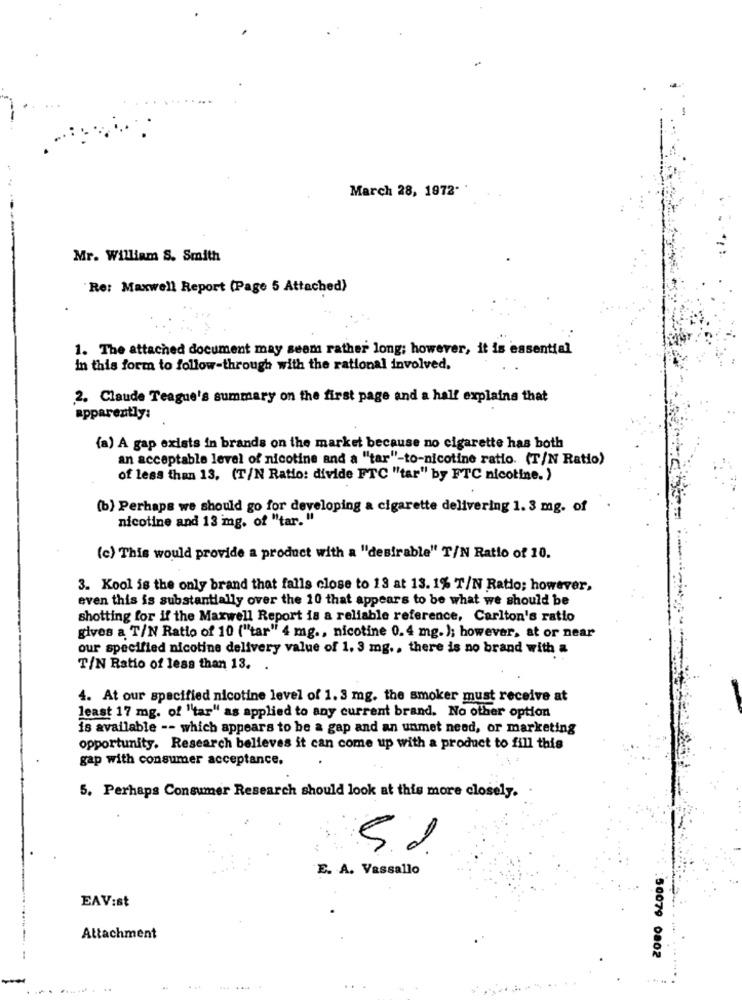
March 28, 1972.
Mr. William S. Smith
Re: Maxwell Report (Page 5 Attached)
1. The attached document may seem rather long; however, it is essential
In this form to follow-through with the rational involved.
2. Claude Teague's summary on the first page and a half explains that
apparently:
(a) A gap exists in brands on the market because no cigarette has both
an acceptable level of nicotine and a "tar"-to-nicotine ratio. (T/N Ratio)
of less than 13, (T/N Ratio: divide FTC "tar" by FTC nicotine. )
(b) Perhaps we should go for developing a cigarette delivering 1. 3 mg. of
nicotine and 13 mg. of "tar. "
(c) This would provide a product with a "desirable" T/N Ratio of 10.
3. Kool is the only brand that falls close to 13 at 13. 1% T/N Ratio; however,
even this is substantially over the 10 that appears to be what we should be
shotting for if the Maxwell Report is a reliable reference, Carlton's ratio
gives a T/N Ratio of 10 ("tar" 4 mg ., nicotine 0.4 mg.); however, at or near
our specified nicotine delivery value of 1. 3 mg ., there is no brand with a
T/N Ratio of less than 13.
4. At our specified nicotine level of 1. 3 mg. the smoker must receive at
least 17 mg. of "tar" as applied to any current brand. No other option
is available -- which appears to be a gap and an unmet need, or marketing
opportunity. Research believes it can come up with a product to fill this
gap with consumer acceptance.
5. Perhaps Consumer Research should look at this more closely.
E. A. Vassallo
EAV:st
Attachment
50079 0802
..